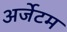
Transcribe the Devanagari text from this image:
अर्जेटम